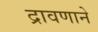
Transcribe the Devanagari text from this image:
द्रावणाने